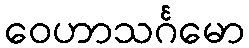
ဝေဟာသင်္ဂမော